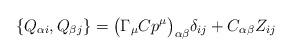
LaTeX: \begin{align*}\{Q_{\alpha i},Q_{\beta j}\}= \bigl( \Gamma_\mu C p^\mu\bigr)_{\alpha\beta}\delta_{ij} +C_{\alpha\beta}Z_{ij}\end{align*}